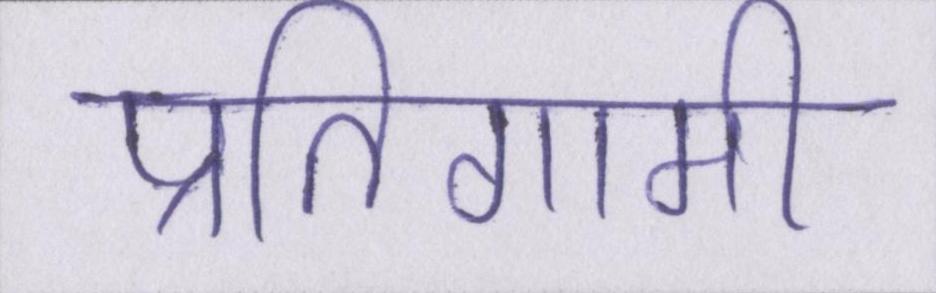
प्रतिगामी